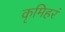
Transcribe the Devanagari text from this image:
कृमिहरं